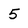
Character: 5